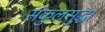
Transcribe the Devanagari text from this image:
संकुलसुद्धा